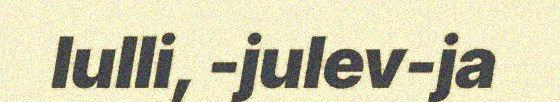
lulli, -julev-ja